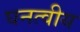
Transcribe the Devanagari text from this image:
घनत्वीय